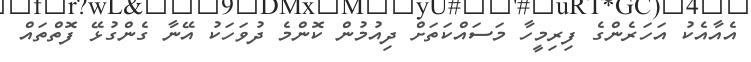
އެއާއެކު އަހަރެންގެ ފިރިމީހާ މަސައްކަތަށް ދިއުމުން ކޮންމެ ދުވަހަކު އޭނާ ގެންގުޅޭ ފޮތްތައް